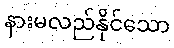
နားမလည်နိုင်သော